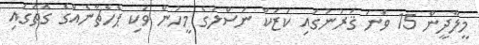
މީލާދީން 15 ވަނަ ޤަރުނުގައި ކަޒަކް ނަސްލުގެ މީހުން ވަކި ޕެހެޗާނެއްގެ ގޮތުގައި